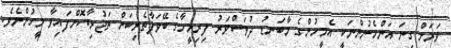
ވަރަށް ގިނަ އަންހެނުންނަކީ އެމީހުންގެ މާބަނޑު ދުވަސްވަރު ފިރިމީހާގެ ބޭވަފާތެރިކަން ތަޖުރިބާކޮށްފައިވާ މީހުންނެވެ.